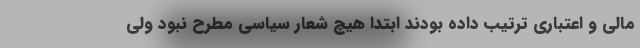
مالی و اعتباری ترتیب داده بودند ابتدا هیچ شعار سیاسی مطرح نبود ولی